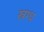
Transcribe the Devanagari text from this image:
स्रग्ध